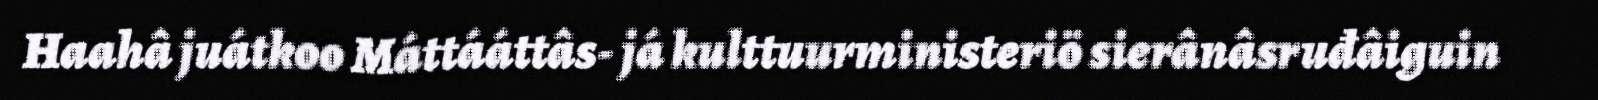
Haahâ juátkoo Máttááttâs- já kulttuurministeriö sierânâsruđâiguin